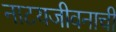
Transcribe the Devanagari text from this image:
नाटयजीवनाची